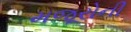
મજૂરોની